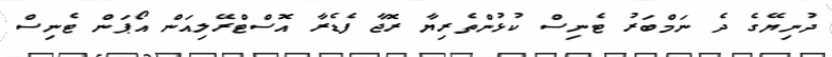
ދުނިޔޭގެ ދެ ނަމްބަރު ޓެނިސް ކުޅުންތެރިޔާ ރޮޖާ ފެޑެރާ އޮސްޓްރޭލިއަން އޯޕަން ޓެނިސް